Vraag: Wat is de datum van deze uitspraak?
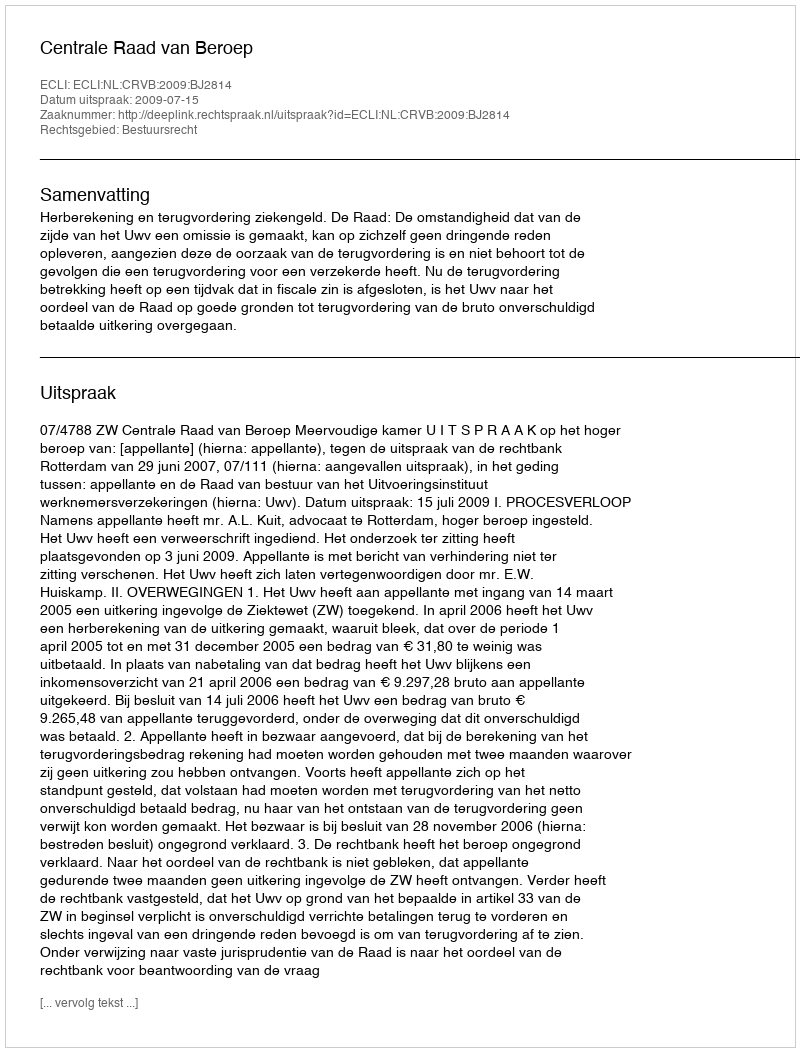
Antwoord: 2009-07-15